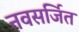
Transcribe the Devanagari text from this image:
नवसर्जित